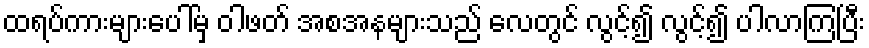
ထရပ်ကားများပေါ်မှ ဝါဖတ် အစအနများသည် လေတွင် လွင့်၍ လွင့်၍ ပါလာကြပြီး